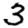
Digit: 3